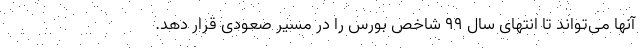
آنها می‌تواند تا انتهای سال ۹۹ شاخص بورس را در مسیر صعودی قرار دهد.